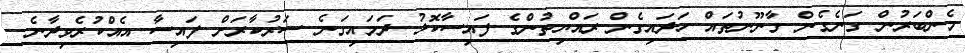
މެންބަރުން ގަނެގެން ގާނޫނުތައް ހަދައިގެން ރައްޔިތުންގެ ފައިސާކޮޅު ދަމައިގަނެ ސަރުކާރަށް ފައިސާ އެއްކުރެވިދާނެ.